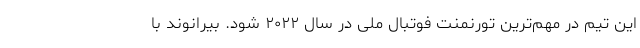
این تیم در مهم‌ترین تورنمنت فوتبال ملی در سال ۲۰۲۲ شود. بیرانوند با